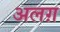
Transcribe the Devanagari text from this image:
अलग़